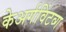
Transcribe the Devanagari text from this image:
केअर्गविंटव्ग